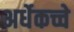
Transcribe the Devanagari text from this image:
अर्धेकच्चे